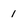
Character: 1